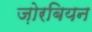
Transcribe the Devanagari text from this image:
ज़ोरबियन